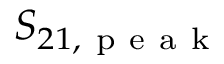
S _ { 2 1 , \mathrm { ~ p ~ e ~ a ~ k ~ } }